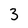
Character: 3